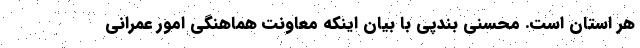
هر استان است. محسنی بندپی با بیان اینکه معاونت هماهنگی امور عمرانی